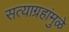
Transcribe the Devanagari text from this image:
सत्याग्रहांमुळे